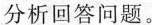
分析回答问题。